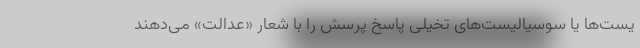
یست‌ها یا سوسیالیست‌های تخیلی پاسخ پرسش را با شعار «عدالت» می‌دهند